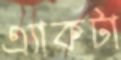
এ্যাকটা